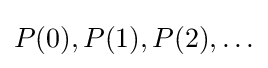
P(0),P(1),P(2),\ldots